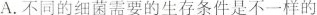
A.不同的细菌需要的生存条件是不一样的